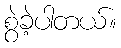
စွဲခဲ့ပါတယ်။